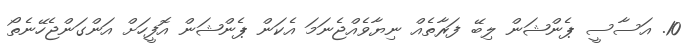
10. އަސާސީ ޕެންޝަން ލިބޭ ފަރާތެއް ނިޔާވެއްޖެނަމަ އެކަން ޕެންޝަން އޮފީހަށް އަންގަންޖެހޭނެތޯ